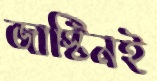
জাস্টিনই